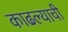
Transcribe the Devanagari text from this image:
काढल्याची